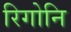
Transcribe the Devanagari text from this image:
रिगोनि